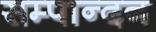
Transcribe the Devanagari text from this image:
सम्पान्दन